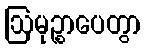
ဩမုဉ္စာပေတွာ